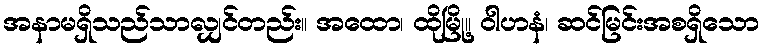
အနာမရှိသည်သာလျှင်တည်း။ အထော၊ ထိုမြို့။ ဝါဟနံ၊ ဆင်မြင်းအစရှိသော